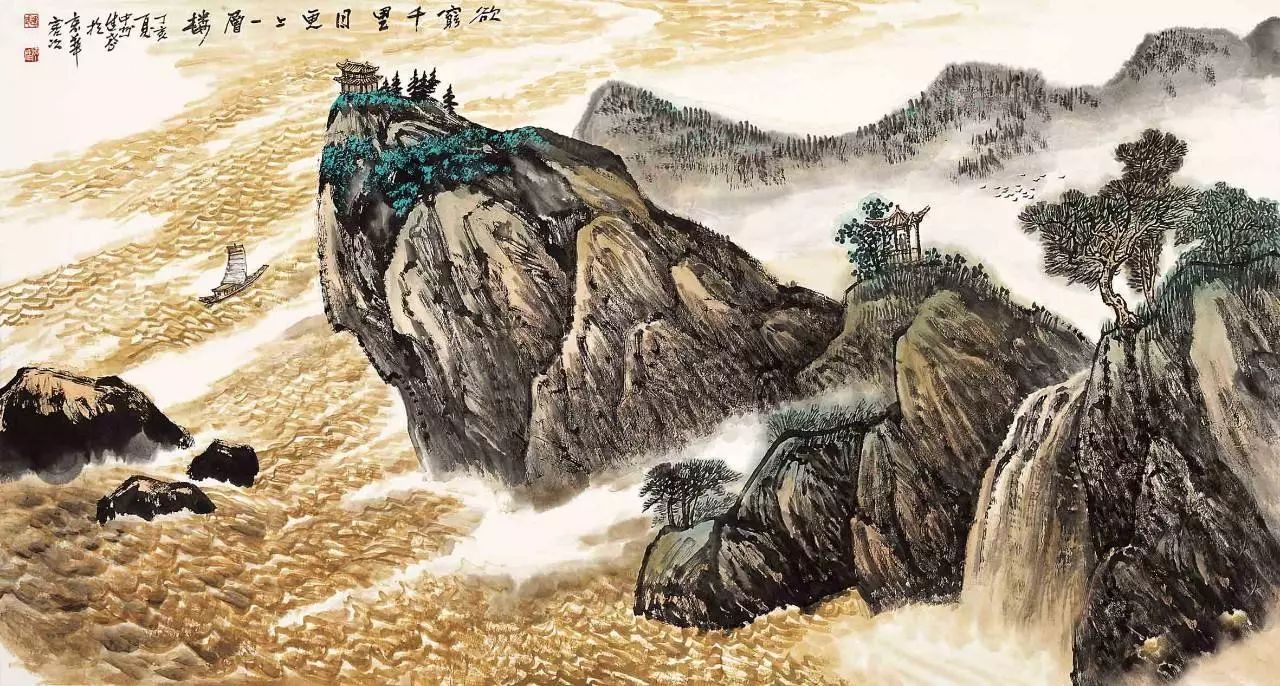
黄河远上白云间，一片孤城万仞山。